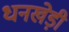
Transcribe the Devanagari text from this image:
धनखेड़ी